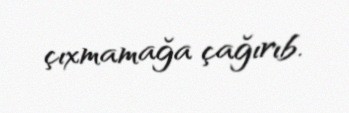
çıxmamağa çağırıb.